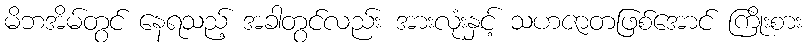
မိဘအိမ်တွင် နေရသည့် အခါတွင်လည်း အားလုံးနှင့် သဟဇာတဖြစ်အောင် ကြိုးစား